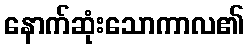
နောက်ဆုံးသောကာလ၏